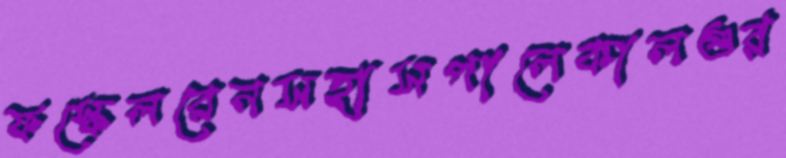
ফস্কেলরেনসহাসপালেকালগুর